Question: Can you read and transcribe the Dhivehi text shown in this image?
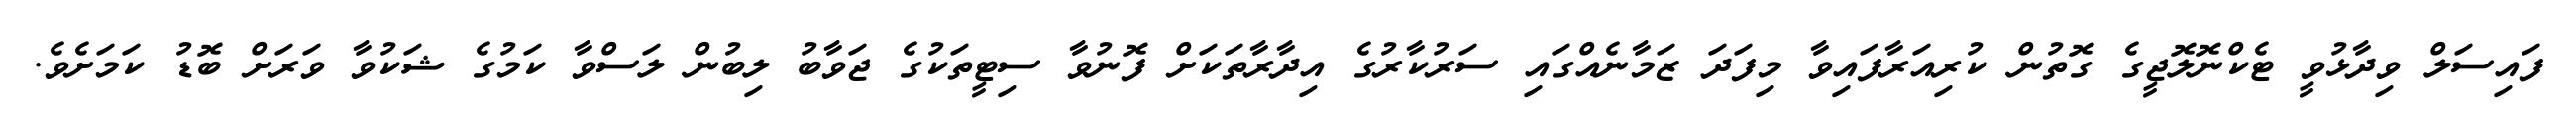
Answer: ފައިސަލް ވިދާޅުވީ ޓެކްނޮލޮޖީގެ ގޮތުން ކުރިއަރާފައިވާ މިފަދަ ޒަމާނެއްގައި ސަރުކާރުގެ އިދާރާތަކަށް ފޮނުވާ ސިޓީތަކުގެ ޖަވާބު ލިބުން ލަސްވާ ކަމުގެ ޝަކުވާ ވަރަށް ބޮޑު ކަމަށެވެ.